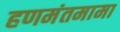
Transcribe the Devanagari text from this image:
हणमंतमामा